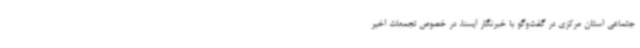
جتماعی استان مرکزی در گفت‌وگو با خبرنگار ایسنا، در خصوص تجمعات اخیر